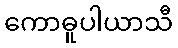
ကောဓူပါယာသီ